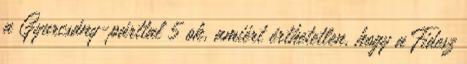
a Gyurcsány-párttal 5 ok, amiért érthetetlen, hogy a Fidesz